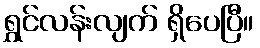
ရွှင်လန်းလျက် ရှိပေပြီ။